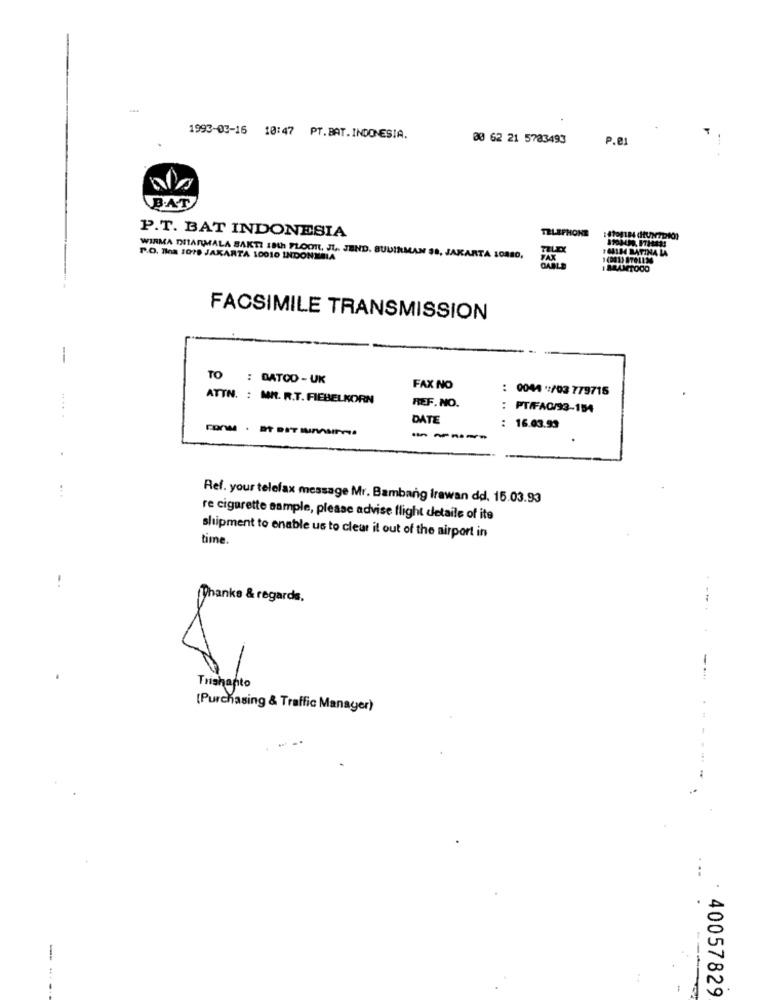
-
1993-03-16 10:47 PT.BAT.INDONESIA.
30 62 21 5783493
P.e1
BAT
P.T. BAT INDONESIA
TELEPHONE
TELEX
164134 RATINA LA
P.O. Bla 1078 JAKARTA 10010 INDONESIA
WIRMA DITARMALA BAKTI 18th FLOOR, JI .. JEND. SUDIRMAN 38, JAKARTA 10880,
FAX
1(081) 8701134
GABLE
MAMTOOO
FACSIMILE TRANSMISSION
-
TO : DATOO - UK
FAX NO
: 0044 ** /03 779715
ATTN. : MR. R.T. FIEBELKORN
...
REF. NO.
: PT/FAG/93-154
DATE
: 16.03.93
...
Ref. your telefax message Mr. Bambang Irawan dd. 15.03.93
re cigarette sample, please advise flight details of its
shipment to enable us to cleur it out of the airport in
time.
Thanks & regards.
Trishanto
[Purchasing & Traffic Manager)
..
. ..
40057829